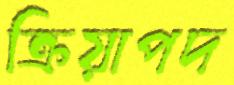
ক্রিয়াপদ